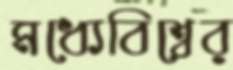
মধ্যেবিশ্বের